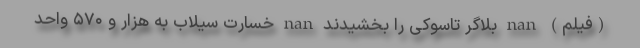
(فیلم) nan بلاگر تاسوکی را بخشیدند nan خسارت سیلاب به هزار و ۵۷۰ واحد